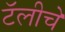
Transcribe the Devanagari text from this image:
टॅलीचे